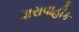
ધારાવાહીક